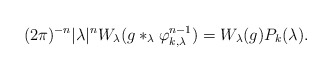
\begin{align*}(2\pi)^{-n} |\lambda|^n W_\lambda( g \ast_\lambda \varphi_{k,\lambda}^{n-1}) = W_\lambda(g) P_k(\lambda).\,\, \end{align*}